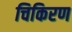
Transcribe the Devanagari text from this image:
चिकिरण